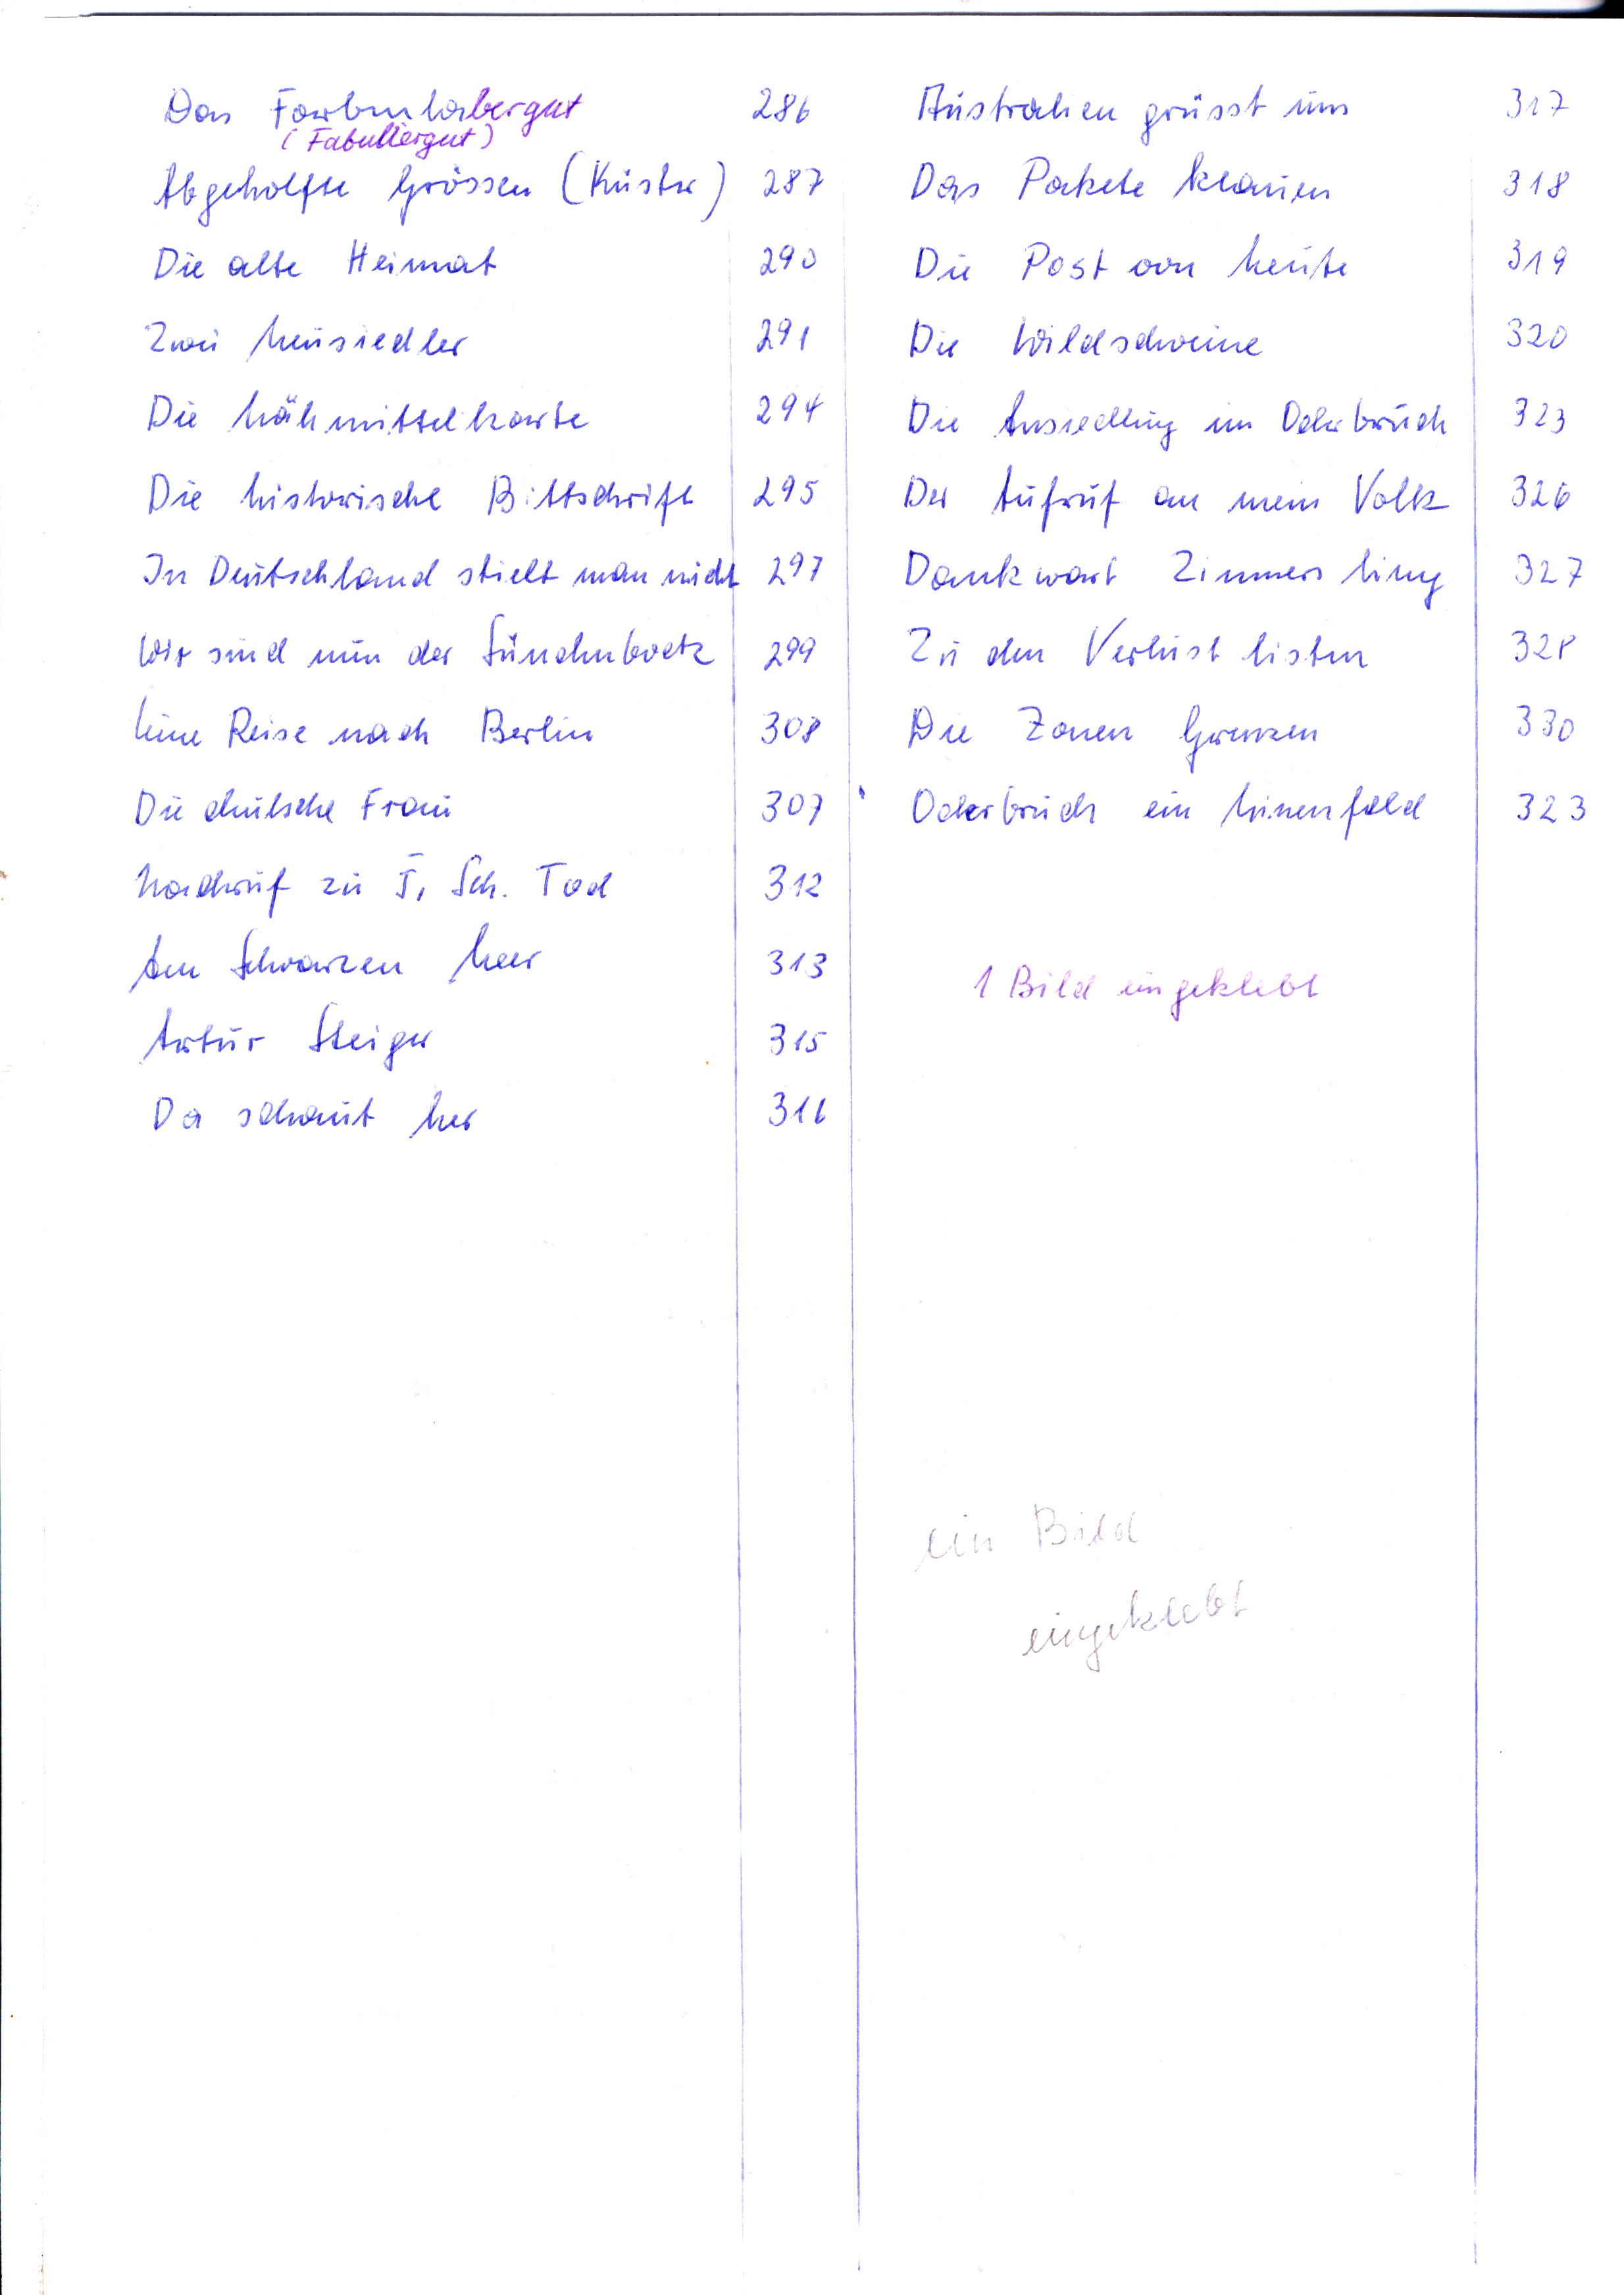
Australien grüsst uns	317
Das Pakete klauen	318
Die Post von heute	319
Die Wildschweine	320
Die Ansiedlung im Oderbruch	323
Der Aufruf an mein Volk	326
Dankwart Zimmerling	327
Zu den Verlust listen	328
Die Zonen Grenzen	330
Oderbruch ein Minenfeld	323

Das Farbenlabergut	286
(Fabuliergut)
Abgeholfn Grössen (Küster)	287
Die alte Heimat	290
Zwei Neusiedler	291
Die Nähmittelkarte	294
Die historische Bittschrift	295
In Deutschlandt stiehlt man nicht	297
Wir sind nun der Sündenboetz	299
Eine Reise nach Berlin	308
Die deutsche Frau	307
Nachruf zu F. Sch. Tod	312
Am Schwarzen Meer	313
Artur Steiger	315
Da schaut her	316

1 Bild eingeklebt